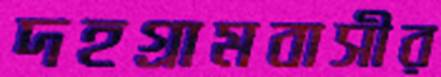
দহগ্রামবাসীর